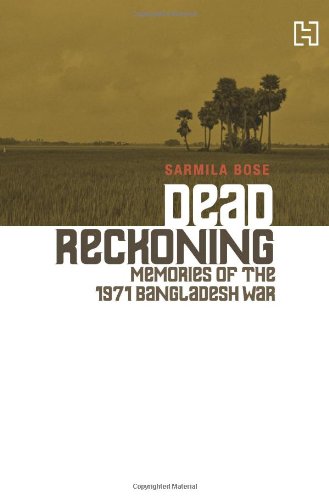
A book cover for Dead Reckoning: Memories of the 1971 Bangladesh War; Sarmila Bose; History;